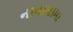
નાનામામા